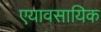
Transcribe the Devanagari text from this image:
एयावसायिक